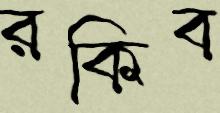
রকিব